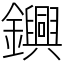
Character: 𨯵